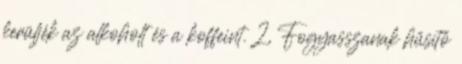
kerüljék az alkoholt és a koffeint. 2, Fogyasszanak hűsítő